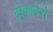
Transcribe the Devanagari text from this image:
ट्रोकाडेरो